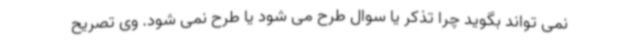
نمی تواند بگوید چرا تذکر یا سوال طرح می شود یا طرح نمی شود. وی تصریح